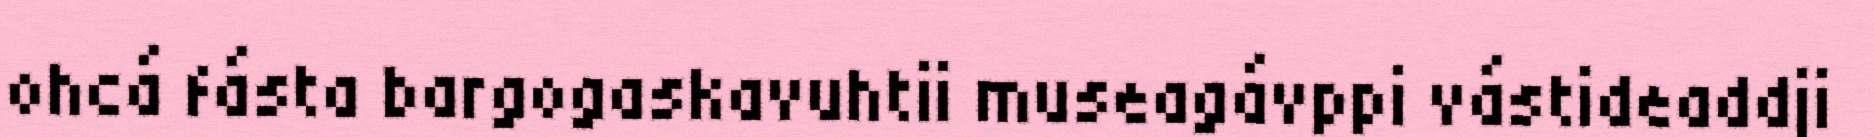
ohcá fásta bargogaskavuhtii museagávppi vástideaddji